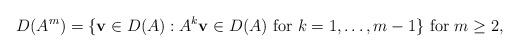
LaTeX: \begin{align*}D(A^m)= \lbrace {\bf v} \in D(A) : A^k {\bf v} \in D(A) \mbox{ for } k=1,\hdots, m-1 \rbrace \mbox{ for } m \ge 2,\end{align*}